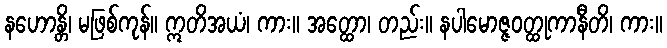
နဟောန္တိ၊ မဖြစ်ကုန်။ ဣတိအယံ၊ ကား။ အတ္ထော၊ တည်း။ နပါမောဇ္ဇဝတ္ထုကာနီတိ၊ ကား။